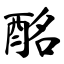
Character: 酩